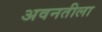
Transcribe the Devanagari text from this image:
अवनतीला